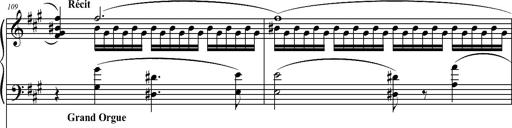
Title: 2 LÃ©gendes
Composer: Franz Liszt